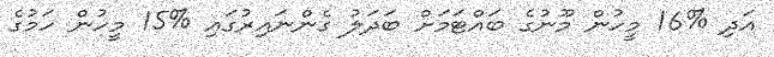
އަދި %16 މީހުން މޫނުގެ ބައްޓަމަށް ބަދަލު ގެންނައިރުގައި %15 މީހުން ހަމުގެ